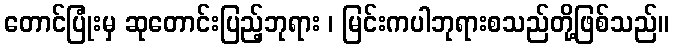
တောင်ပြုံးမှ ဆုတောင်းပြည့်ဘုရား ၊ မြင်းကပါဘုရားစသည်တို့ဖြစ်သည်။